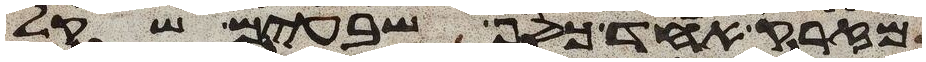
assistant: מזרק אחד כסף שבעים שקל